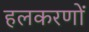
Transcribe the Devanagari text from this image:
हलकरणों